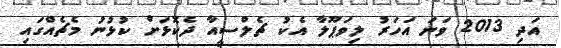
އަދި 2013 ވަނަ އަހަރު ލިވަޕޫލާ އެކު ޗެލްސީއާ ދެކޮޅަށް ކުޅުނު މެޗެއްގައި